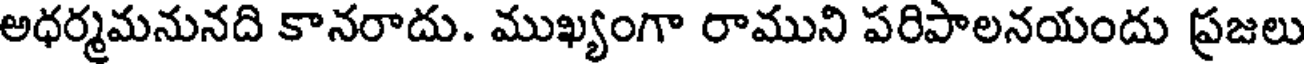
అధర్మమనునది కానరాదు. ముఖ్యంగా రాముని పరిపాలనయందు ప్రజలు